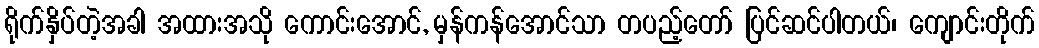
ရိုက်နှိပ်တဲ့အခါ အထားအသို ကောင်းအောင်, မှန်ကန်အောင်သာ တပည့်တော် ပြင်ဆင်ပါတယ်၊ ကျောင်းတိုက်